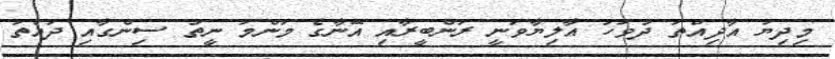
މިދިޔަ އާދިއްތަ ދުވަހު އާލިޔާވަނީ ރަންބީރާއި އޭނާގެ މަންމަ ނީތު ސިންގާއި ދައްތަ